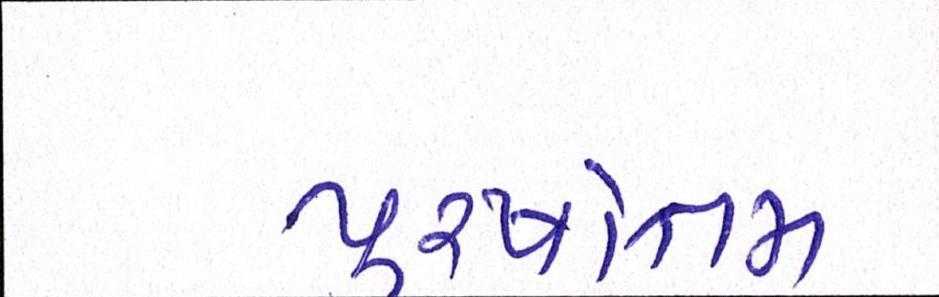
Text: પુરષોત્તમ